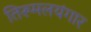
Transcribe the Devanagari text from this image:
तिरूमलयंगार